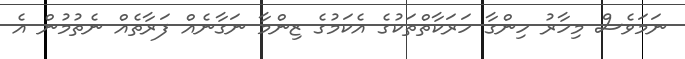
ނަމަވެސް މިހާރު ހިންގާ ހަރަކާތްތަކުގެ އެކަމުގެ ޒިންމާ ނަގާނެއް ފަރާތެއް ނެތުމުން އެ